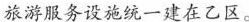
旅游服务设施统一建在乙区。